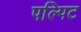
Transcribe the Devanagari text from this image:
पल्पिट